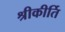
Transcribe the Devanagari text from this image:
श्रीकीर्ति